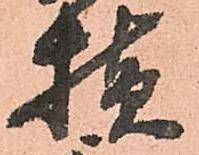
様